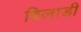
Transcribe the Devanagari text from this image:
बिलाडी